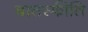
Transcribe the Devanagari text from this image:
बातस्फीति